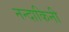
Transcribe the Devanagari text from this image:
नन्दाकिनी